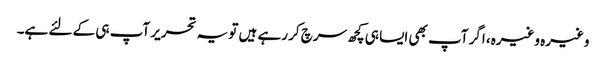
وغیرہ وغیرہ، اگر آپ بھی ایسا ہی کچھ سرچ کر رہے ہیں تو یہ تحریر آپ ہی کے لئے ہے۔